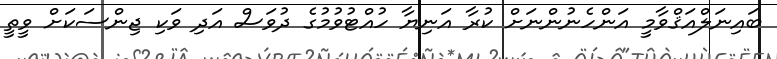
ބައިނަލްއަޤްވާމީ އަންހެނުންނަށް ކުރާ އަނިޔާ ހުއްޓުވުމުގެ ދުވަސް އަދި ވަކި ޖިންސަކަށް ވީތީ